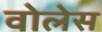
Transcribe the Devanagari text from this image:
वोलेस